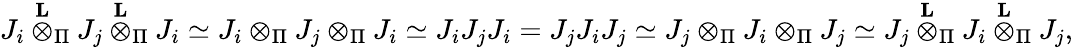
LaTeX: J_{i}\overset{\mathbf{L}}{\otimes}_{\Pi}J_{j}\overset{\mathbf{L}}{\otimes}_{\Pi}J_{i}\simeq J_{i}\otimes_{\Pi}J_{j}\otimes_{\Pi}J_{i}\simeq J_{i}J_{j}J_{i}=J_{j}J_{i}J_{j}\simeq J_{j}\otimes_{\Pi}J_{i}\otimes_{\Pi}J_{j}\simeq J_{j}\overset{\mathbf{L}}{\otimes}_{\Pi}J_{i}\overset{\mathbf{L}}{\otimes}_{\Pi}J_{j},